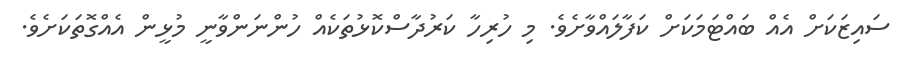
ސައިޒަކަށް އެއް ބައްޓަމަކަށް ކަފާލައްވާށެވެ. މި ހުރިހާ ކަރުދާސްކޮޅުތަކެއް ހުންނަންވާނީ މުޅީން އެއްގޮތަކަށެވެ.